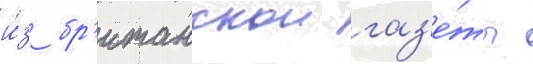
и́з бр'итанскои газ'е́ты